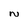
Character: N